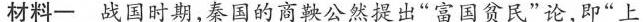
材料一 战国时期，秦国的商鞅公然提出“富国贫民”论，既“上